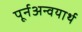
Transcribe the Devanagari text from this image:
पूर्नअन्वयार्थ